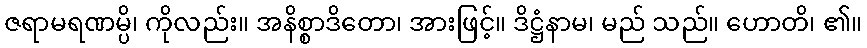
ဇရာမရဏမ္ပိ၊ ကိုလည်း။ အနိစ္စာဒိတော၊ အားဖြင့်။ ဒိဋ္ဌံနာမ၊ မည် သည်။ ဟောတိ၊ ၏။